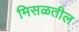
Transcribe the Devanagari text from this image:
मिसळतील